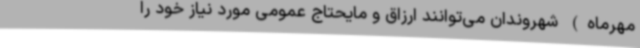
مهرماه) شهروندان می‌توانند ارزاق و مایحتاج عمومی مورد نیاز خود را